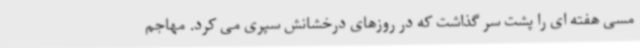
مسی هفته ای را پشت سر گذاشت که در روزهای درخشانش سپری می کرد. مهاجم